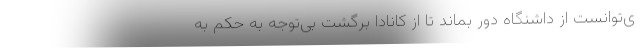
ی‌توانست از داشنگاه دور بماند تا از کانادا برگشت بی‌توجه به حکم به